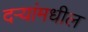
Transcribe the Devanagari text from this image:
दर्‍यांमधील